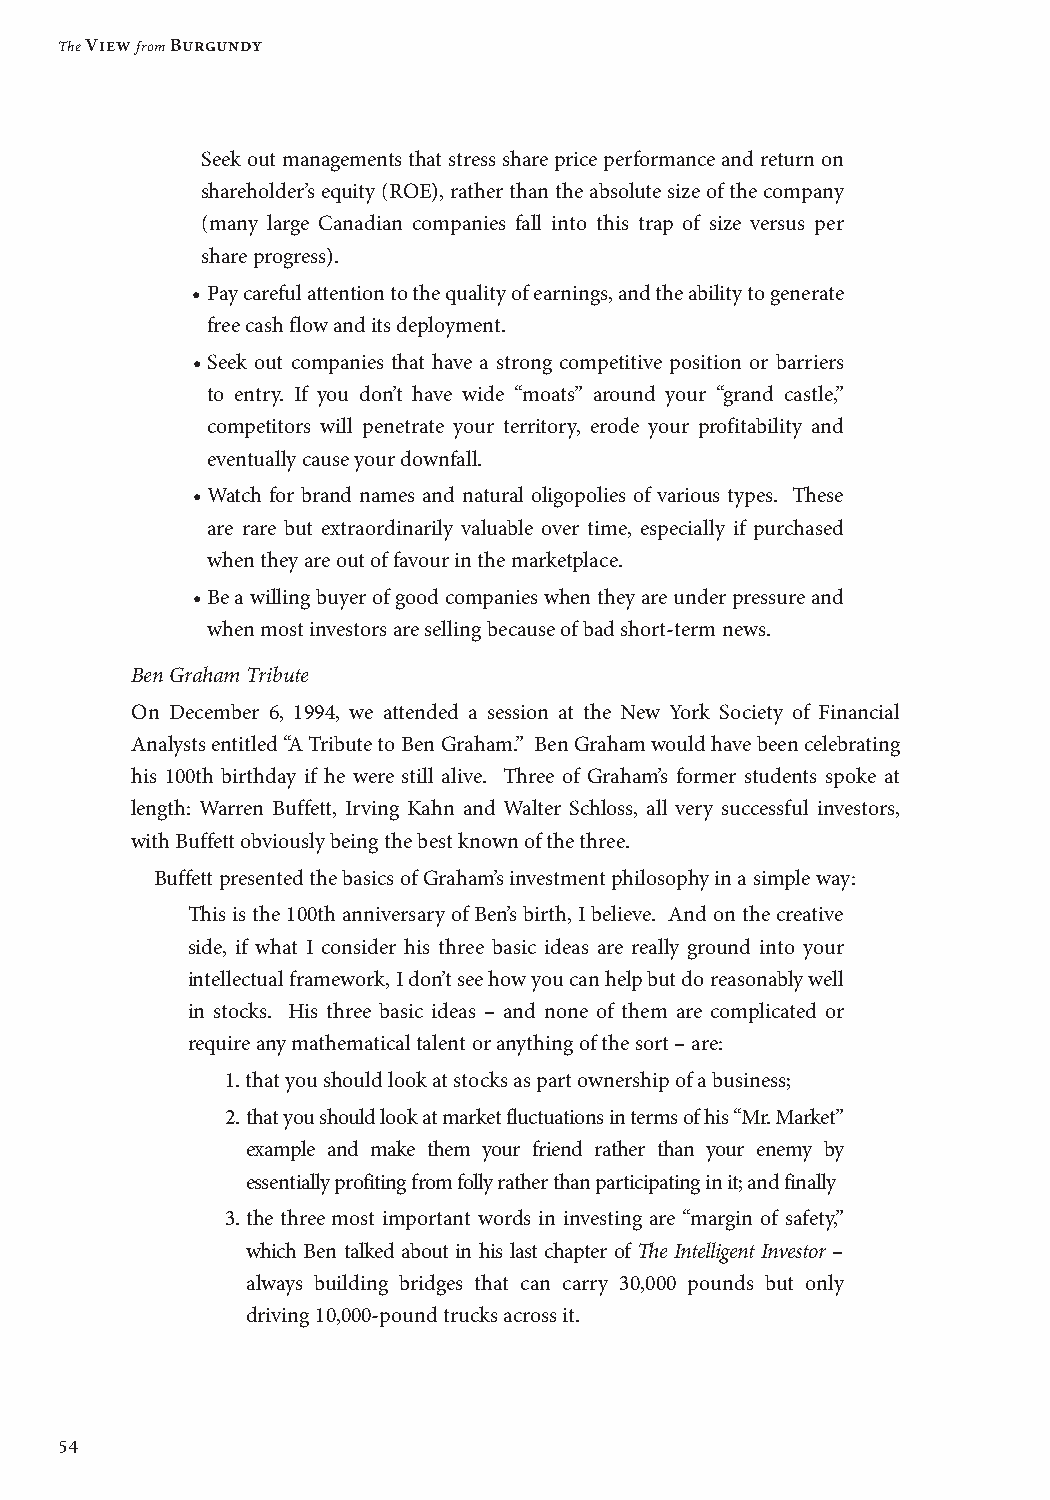
The View from Burgundy
 Seek out managements that stress share price performance and return on
 shareholder’s equity (ROE), rather than the absolute size of the company
 (many large Canadian companies fall into this trap of size versus per
 share progress).
 • Pay careful attention to the quality of earnings, and the ability to generate
 free cash flow and its deployment.
 • Seek out companies that have a strong competitive position or barriers
 to entry. If you don’t have wide “moats” around your “grand castle,”
 competitors will penetrate your territory, erode your profitability and
 eventually cause your downfall.
 • Watch for brand names and natural oligopolies of various types. These
 are rare but extraordinarily valuable over time, especially if purchased
 when they are out of favour in the marketplace.
 • Be a willing buyer of good companies when they are under pressure and
 when most investors are selling because of bad short-term news.
 Ben Graham Tribute
 On December 6, 1994, we attended a session at the New York Society of Financial
 Analysts entitled “A Tribute to Ben Graham.” Ben Graham would have been celebrating
 his 100th birthday if he were still alive. Three of Graham’s former students spoke at
 length: Warren Buffett, Irving Kahn and Walter Schloss, all very successful investors,
 with Buffett obviously being the best known of the three.
 Buffett presented the basics of Graham’s investment philosophy in a simple way:
 This is the 100th anniversary of Ben’s birth, I believe. And on the creative
 side, if what I consider his three basic ideas are really ground into your
 intellectual framework, I don’t see how you can help but do reasonably well
 in stocks. His three basic ideas – and none of them are complicated or
 require any mathematical talent or anything of the sort – are:
 1. that you should look at stocks as part ownership of a business;
 2. that you should look at market fluctuations in terms of his “Mr. Market”
 example and make them your friend rather than your enemy by
 essentially profiting from folly rather than participating in it; and finally
 3. the three most important words in investing are “margin of safety,”
 which Ben talked about in his last chapter of The Intelligent Investor –
 always building bridges that can carry 30,000 pounds but only
 driving 10,000-pound trucks across it.
 54